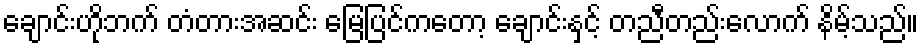
ချောင်းဟိုဘက် တံတားအဆင်း မြေပြင်ကတော့ ချောင်းနှင့် တညီတည်းလောက် နိမ့်သည်။